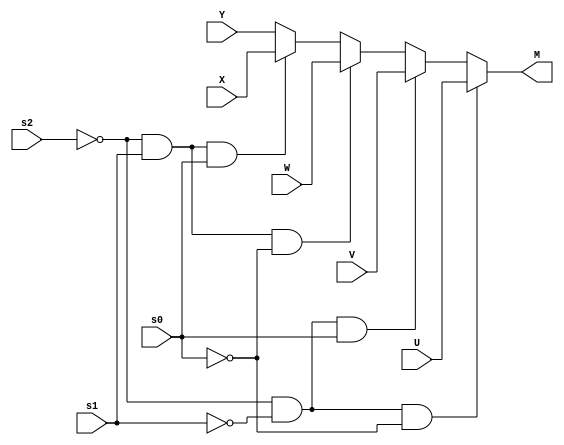
module mux5to1_3bit(
	input [2:0] U,V,W,X,Y,
	input s0,s1,s2,
	output [2:0] M
);
assign M = (s2 == 1'b0 && s1 == 1'b0 && s0 == 1'b0) ? U :
				(s2 == 1'b0 && s1 == 1'b0 && s0 == 1'b1) ? V :
				(s2 == 1'b0 && s1 == 1'b1 && s0 == 1'b0) ? W :
				(s2 == 1'b0 && s1 == 1'b1 && s0 == 1'b1) ? X :
																		 Y ;
endmodule